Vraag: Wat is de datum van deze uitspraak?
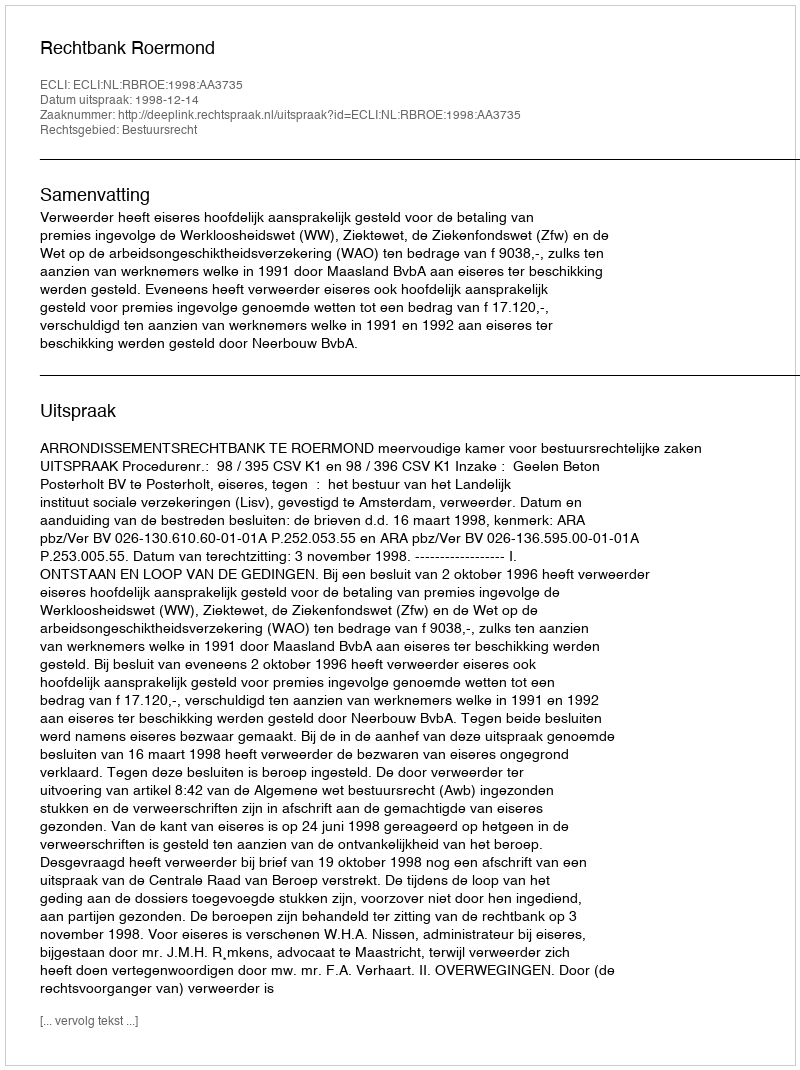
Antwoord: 1998-12-14